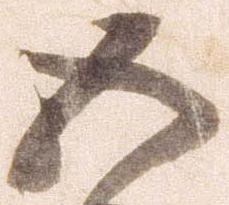
五